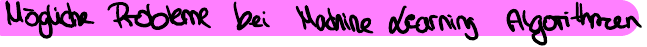
Mögliche Probleme bei Machine Learning Algorithmen